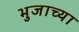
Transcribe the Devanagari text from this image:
भुजाच्या